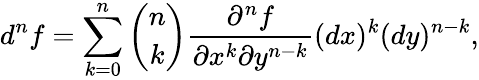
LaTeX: d^{n}f=\sum_{k=0}^{n}{\binom{n}{k}}{\frac{\partial^{n}f}{\partial x^{k}\partial y^{n-k}}}(dx)^{k}(dy)^{n-k},